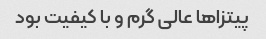
پیتزا‌ها عالی گرم و با کیفیت بود